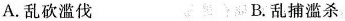
A. 乱砍滥伐 B. 乱捕滥杀